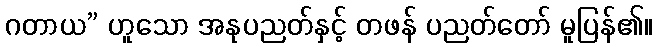
ဂတာယ” ဟူသော အနုပညတ်နှင့် တဖန် ပညတ်တော် မူပြန်၏။